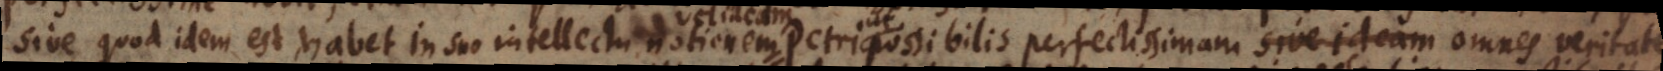
sive quod idem est, habet in suo intellectu notionem Petri possibilis perfectissimam sive ideam omnes veritates